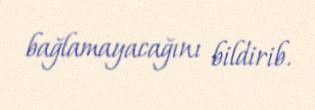
bağlamayacağını bildirib.